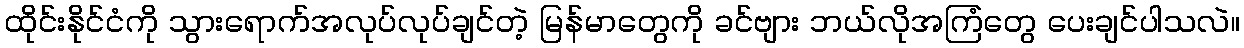
ထိုင်းနိုင်ငံကို သွားရောက်အလုပ်လုပ်ချင်တဲ့ မြန်မာတွေကို ခင်ဗျား ဘယ်လိုအကြံတွေ ပေးချင်ပါသလဲ။